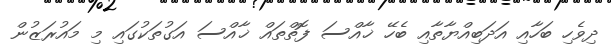
ދިވެހި ބަހާއި އަދަބިއްޔާތާއި ބެހޭ ޚާއްސަ ފޮތްތައް ޚާއްސަ އަގުތަކުގައި މި މައުރަޒުން